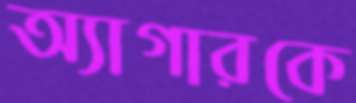
অ্যাগারকে